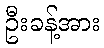
ဦးခန့်အား